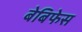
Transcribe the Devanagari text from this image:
बेबिफेस